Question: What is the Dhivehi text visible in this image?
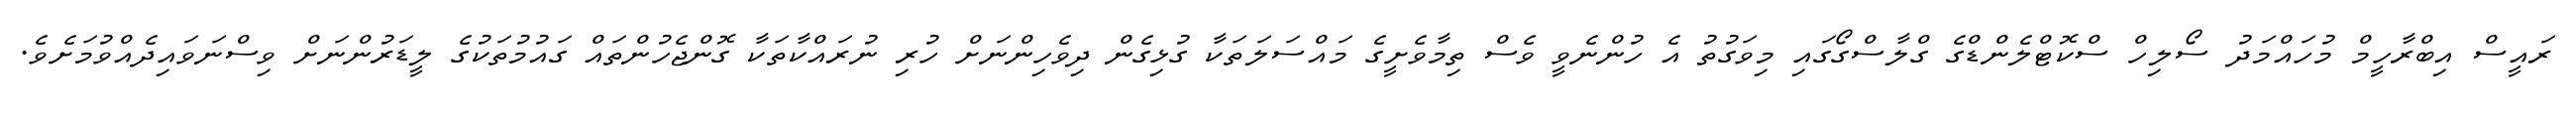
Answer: ރައީސް އިބްރާހީމް މުހައްމަދު ސޯލިހް ސްކޮޓްލެންޑްގެ ގްލާސްގޯގައި މިވަގުތު އެ ހުންނެވީ ވެސް ތިމާވެށީގެ މައްސަލަތަކާ ގުޅިގެން ދިވެހިންނަށް ހުރި ނުރައްކާތަކާ ގޮންޖެހުންތައް ގައުމުތަކުގެ ލީޑަރުންނަށް ވިސްނަވައިދެއްވުމަށެވެ.